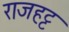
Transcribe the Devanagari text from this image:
राजहट्ट